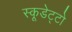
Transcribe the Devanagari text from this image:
स्कूडेट्टो